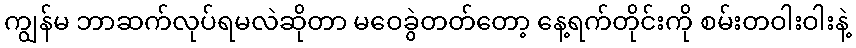
ကျွန်မ ဘာဆက်လုပ်ရမလဲဆိုတာ မဝေခွဲတတ်တော့ နေ့ရက်တိုင်းကို စမ်းတဝါးဝါးနဲ့